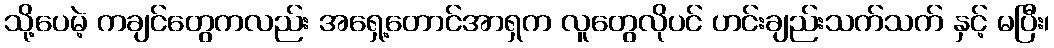
သို့ပေမဲ့ ကချင်တွေကလည်း အရှေ့တောင်အာရှက လူတွေလိုပင် ဟင်းချည်းသက်သက် နှင့် မပြီး၊